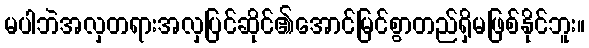
မပါဘဲအလှတရားအလှပြင်ဆိုင်၏အောင်မြင်စွာတည်ရှိမဖြစ်နိုင်ဘူး။